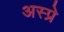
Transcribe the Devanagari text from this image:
अस्प्रे